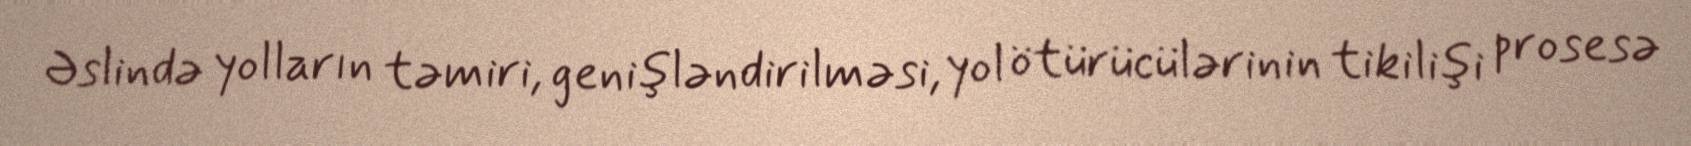
Əslində yolların təmiri, genişləndirilməsi, yol ötürücülərinin tikilişi prosesə